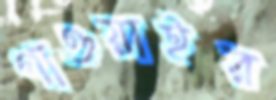
গাওয়াইর